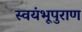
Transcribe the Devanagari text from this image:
स्वयंभूपुराण